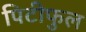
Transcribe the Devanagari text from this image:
पिटीफुल